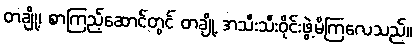
တချို့၊ စာကြည့်ဆောင်တွင် တချို့ အသီးသီးဝိုင်းဖွဲ့မိကြလေသည်။